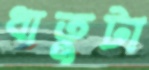
ধাতুটা